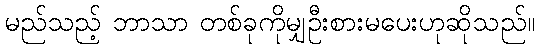
မည်သည့် ဘာသာ တစ်ခုကိုမျှဦးစားမပေးဟုဆိုသည်။